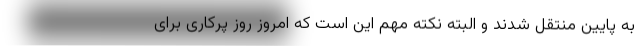
به پایین منتقل شدند و البته نکته مهم این است که امروز روز پرکاری برای